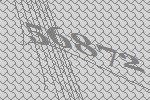
56872